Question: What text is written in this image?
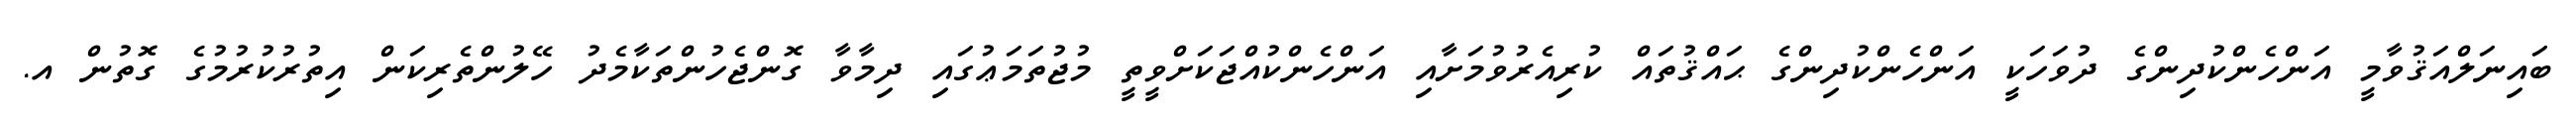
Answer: ބައިނަލްއަޤުވާމީ އަންހެންކުދިންގެ ދުވަހަކީ އަންހެންކުދިންގެ ޙައްޤުތައް ކުރިއެރުވުމަށާއި އަންހެންކުއްޖަކަށްވީތީ މުޖުތަމަޢުގައި ދިމާވާ ގޮންޖެހުންތަކާމެދު ހޭލުންތެރިކަން އިތުރުކުރުމުގެ ގޮތުން އ.